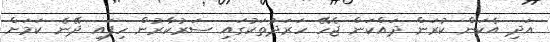
އަދި އެކަން ކުރަން ދައްކަން ޖެހޭ ހަރަދުތަކުގައި ސަރުކާރުން ހިފައި ދޭނެ ކަމަށް